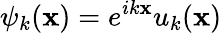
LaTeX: \psi_{k}(\mathbf{x})=e^{ik\mathbf{x}}u_{k}(\mathbf{x})